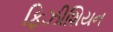
ફિઝીશિયન